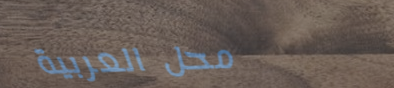
محل العربية